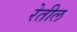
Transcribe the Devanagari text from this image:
रेतील